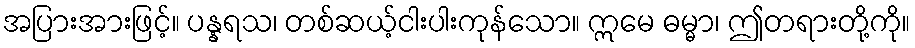
အပြားအားဖြင့်။ ပန္နရသ၊ တစ်ဆယ့်ငါးပါးကုန်သော။ ဣမေ ဓမ္မာ၊ ဤတရားတို့ကို။